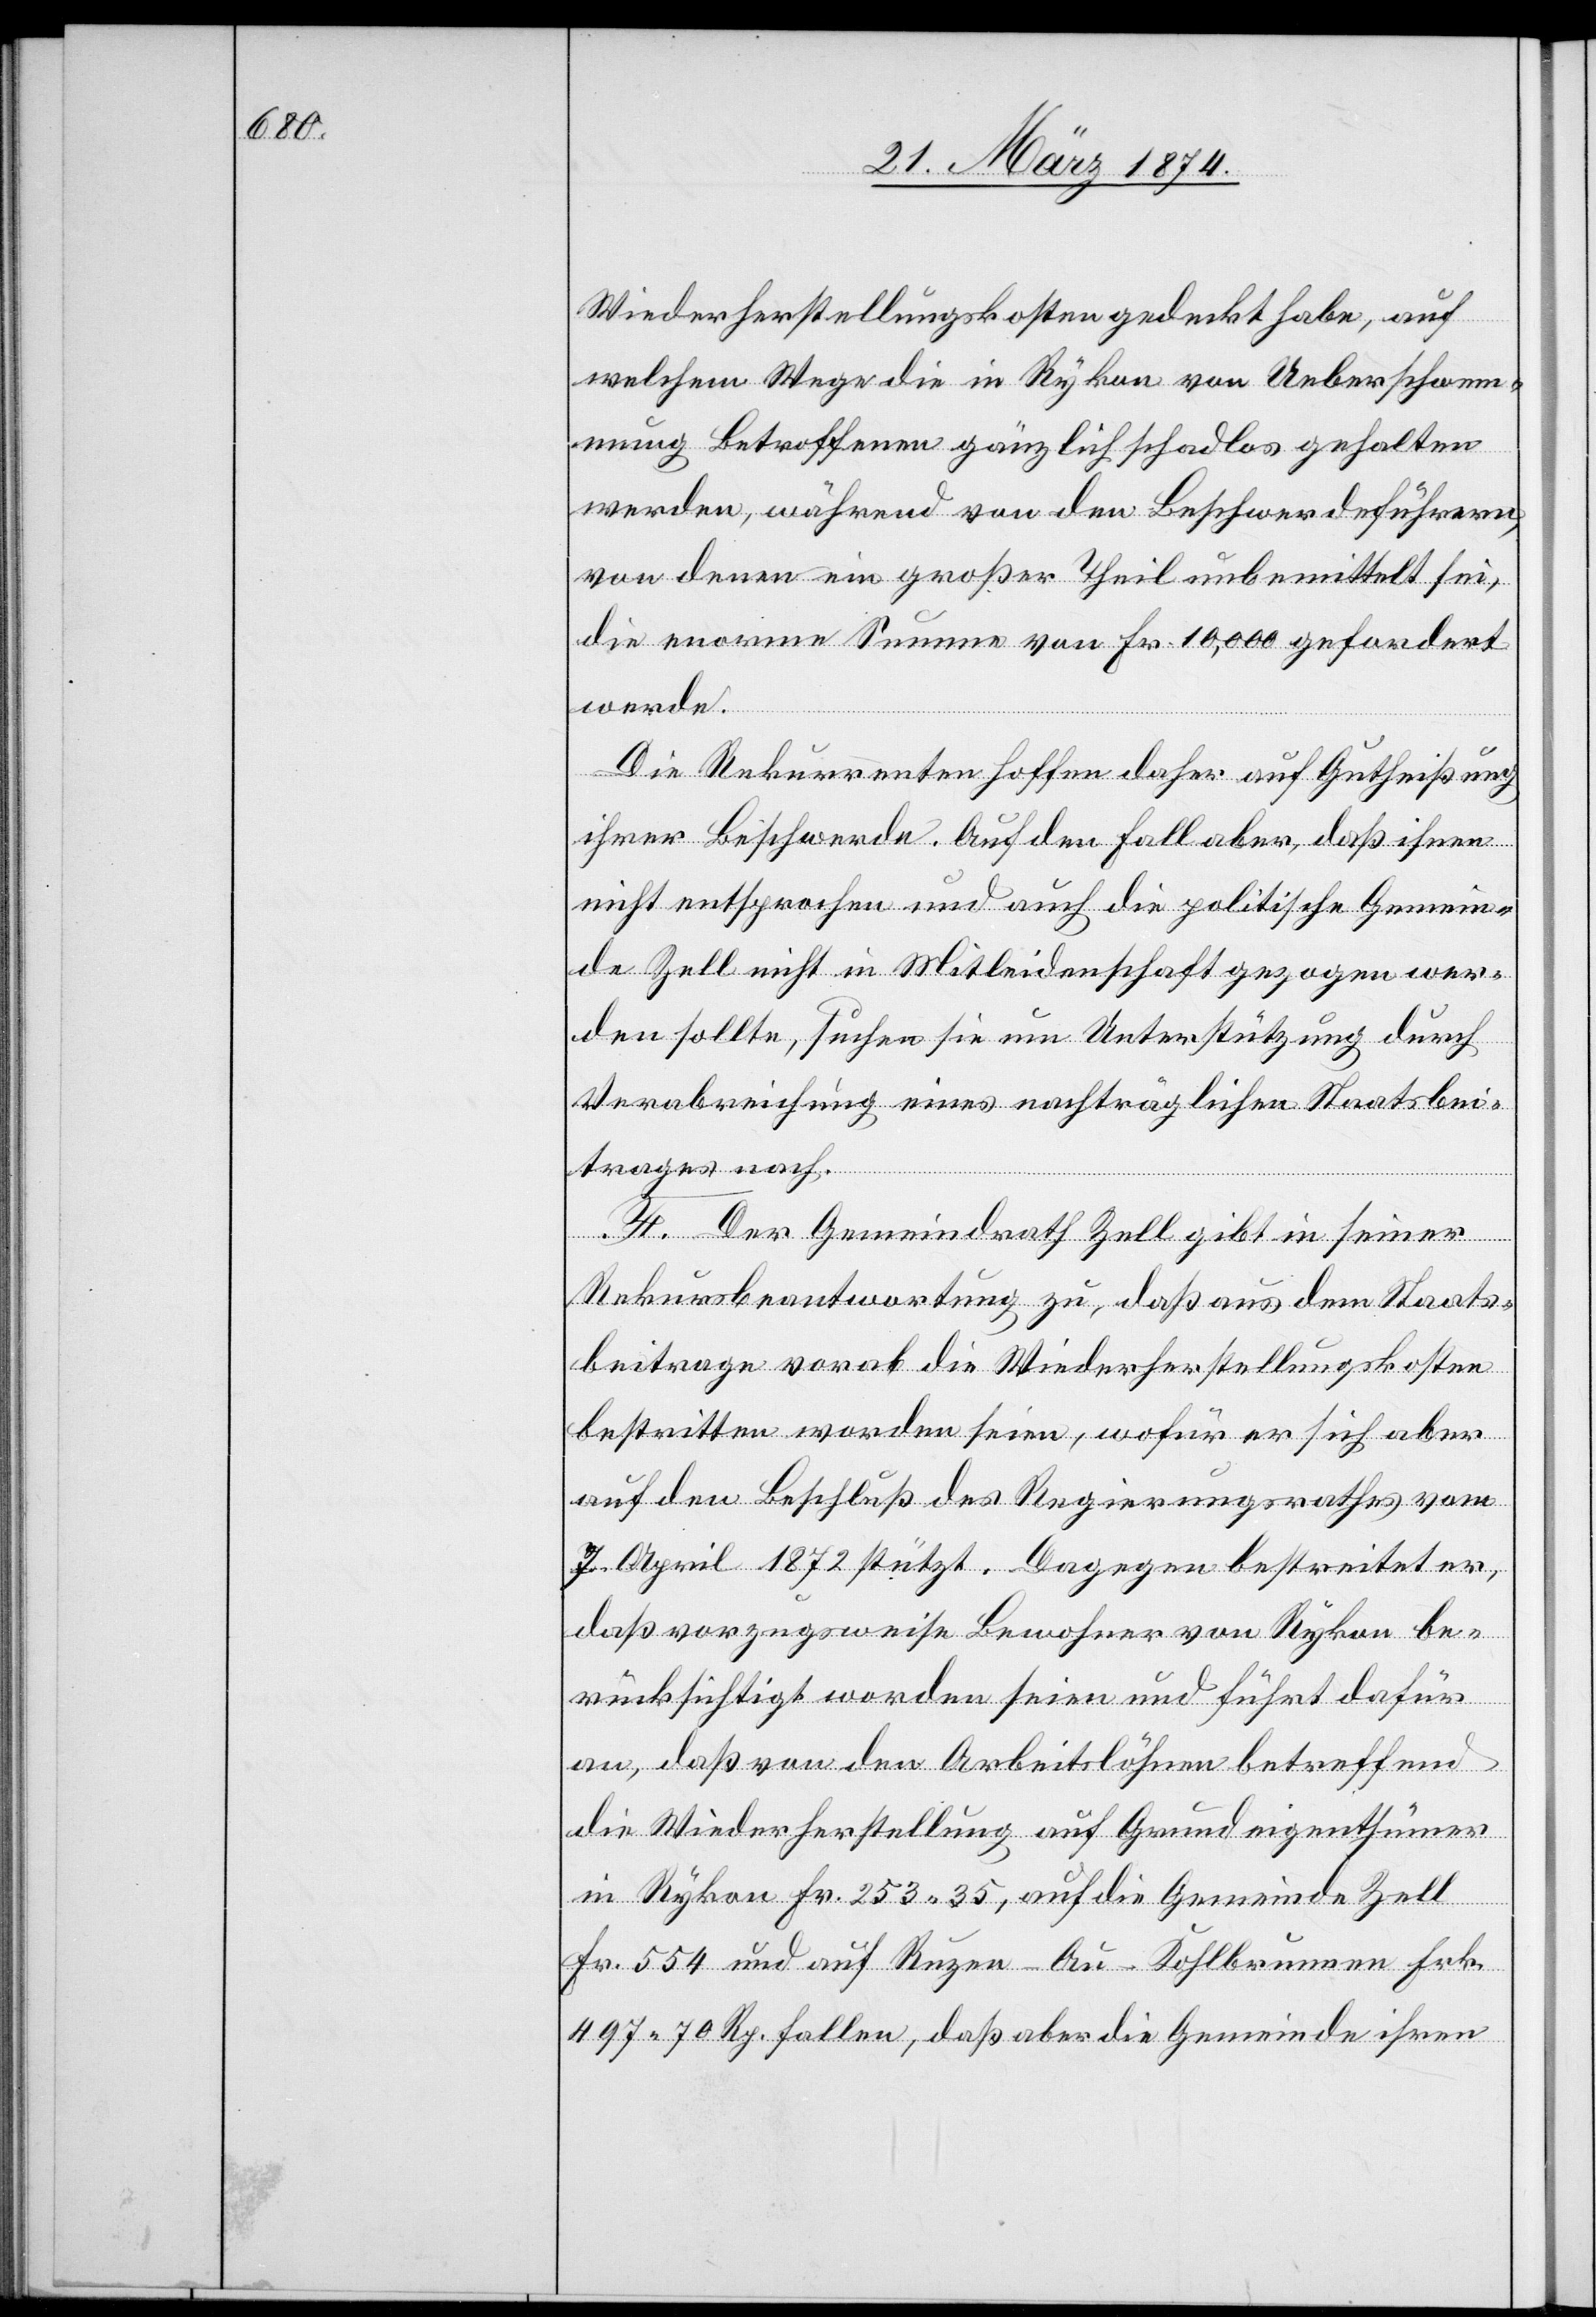
Wiederherstellungskosten gedeckt habe, auf
welchem Wege die in Rykon von Ueberschwem¬
mung Betroffenen gänzlich schadlos gehalten
werden, während von den Beschwerdeführern,
von denen ein großer Theil unbemittelt sei,
die enorme Summe von Fr. 10‘000 gefordert
werde.
Die Rekurrenten hoffen daher auf Gutheißung
ihrer Beschwerde. Auf den Fall aber, daß ihnen
nicht entsprochen und auch die politische Gemein¬
de Zell nicht in Mitleidenschaft gezogen wer¬
den sollte, suchen sie um Unterstützung durch
Verabreichung eines nachträglichen Staatsbei¬
trages nach.
F. Der Gemeindrath Zell gibt in seiner
Rekursbeantwortung zu, daß aus dem Staats¬
beitrage vorab die Wiederherstellungskosten
bestritten worden seien, wofür er sich aber
auf den Beschluß des Regierungsrathes vom
7. April 1872 stützt. Dagegen bestreitet er,
daß vorzugsweise Bewohner von Rykon be¬
rücksichtigt worden seien und führt dafür
an, daß von den Arbeitslöhnen betreffend
die Wiederherstellung auf Grundeigenthümer
in Rykon Fr. 253.35, auf die Gemeinde Zell
Fr. 554 und auf Ruzen-Au-Kohlbrunnen Frk.
497.70 Rp. fallen, daß aber die Gemeinde ihren